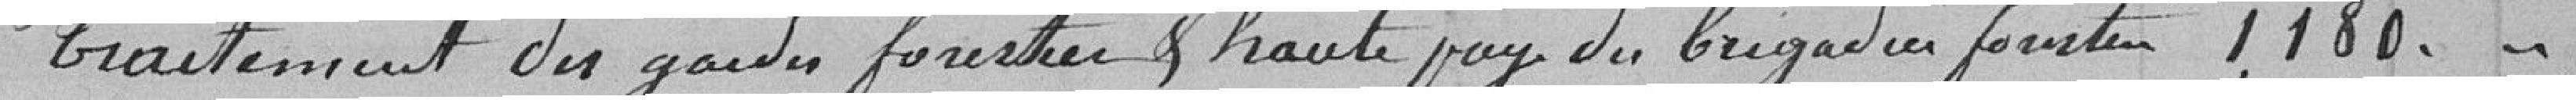
Traitement des gardes forestiers et haute paye du brigadier forestier 1,180."